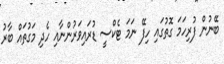
ބޭނުން ފުރިހަމަ ގޮތުގައި ހިފޭ ނަމަ ޓެކްސީ ޑުރައިވަރުންނާއި ހެދި މަގުތައް ބާރު